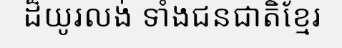
ដ៏យូរលង់ ទាំងជនជាតិខ្មែរ